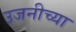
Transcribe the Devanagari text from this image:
उजनीच्या